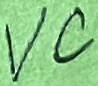
Text: VC